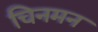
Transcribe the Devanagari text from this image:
चिनमन